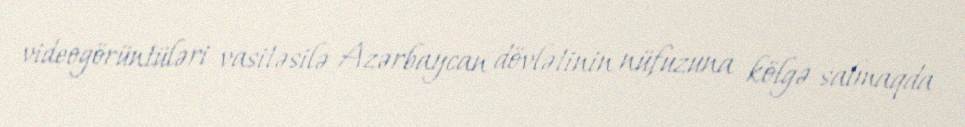
videogörüntüləri vasitəsilə Azərbaycan dövlətinin nüfuzuna kölgə salmaqda